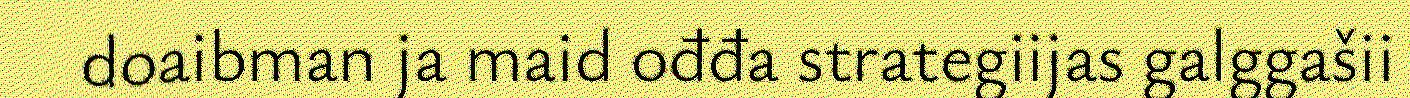
doaibman ja maid ođđa strategiijas galggašii